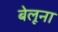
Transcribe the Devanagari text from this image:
बेलूना